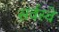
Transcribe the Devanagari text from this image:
सर्वस्वे